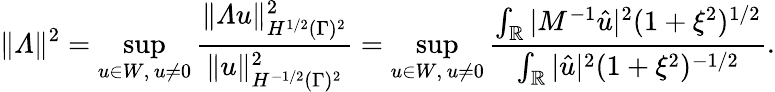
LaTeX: \| \varLambda\| ^{2}=\operatorname*{sup}_{u\in W,\, u\not=0}\frac{\| \varLambda u\| _{H^{1/2}(\Gamma)^{2}}^{2}}{\| u\| _{H^{-1/2}(\Gamma)^{2}}^{2}}=\operatorname*{sup}_{u\in W,\, u\not=0}\frac{\int_{\mathbb{R}}|M^{-1}\hat{u}|^{2}(1+\xi^{2})^{1/2}}{\int_{\mathbb{R}}|\hat{u}|^{2}(1+\xi^{2})^{-1/2}}.